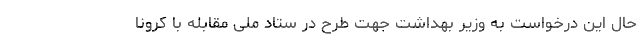
حال این درخواست به وزیر بهداشت جهت طرح در ستاد ملی مقابله با کرونا